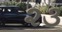
૨૩